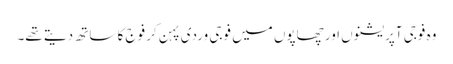
وہ فوجی آپریشنوں اور چھاپوں میں فوجی وردی پہن کر فوج کا ساتھ دیتے تھے۔